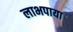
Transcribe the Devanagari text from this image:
लाभपाया